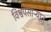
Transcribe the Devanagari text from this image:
विश्वपसाऱ्यात